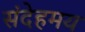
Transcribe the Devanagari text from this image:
संदेहमय